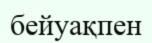
бейуақпен